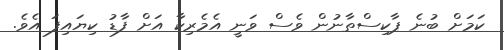
ކަމަށް ބުނެ ޕާކިސްތާނުން ވެސް ވަނީ އެމެރިކާ އަށް ފާޑު ކިޔައިފަ އެވެ.